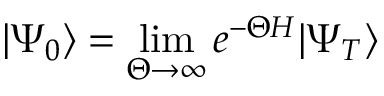
\vert \Psi _ { 0 } \rangle = \operatorname* { l i m } _ { \Theta \to \infty } e ^ { - \Theta H } \vert \Psi _ { T } \rangle